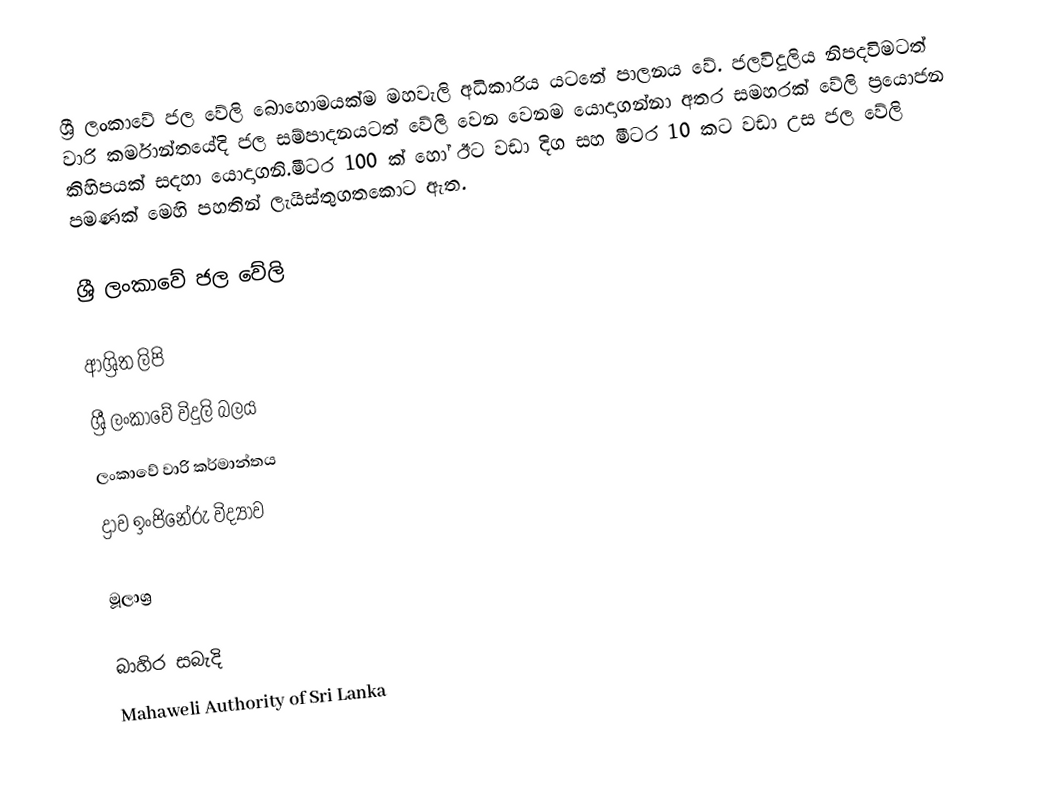
ශ්‍රී ලංකාවේ ජල වේලි බොහොමයක්ම මහවැලි අධිකාරිය යටතේ පාලනය වේ. ජලවිදුලිය නිපදවිමටත් වාරි කර්මාන්තයේදි ජල සම්පාදනයටත් වේලි වෙන වෙනම යොදාගන්නා අතර සමහරක් වේලි ප්‍රයොජන කිහිපයක් සදහා යොදාගනි.මීටර 100 ක් හෝ ඊට වඩා දිග සහ මීටර 10 කට වඩා උස ජල වේලි පමණක් මෙහි පහතින් ලැයිස්තුගතකොට ඇත.

ශ්‍රී ලංකාවේ ජල වේලි

ආශ්‍රිත ලිපි
ශ්‍රී ලංකාවේ විදුලි බලය
ලංකාවේ වාරි කර්මාන්තය
ද්‍රාව ඉංජිනේරු විද්‍යාව

මූලාශ්‍ර

බාහිර සබැදි
 Mahaweli Authority of Sri Lanka